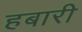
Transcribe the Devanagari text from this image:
हबारी